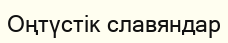
Оңтүстік славяндар